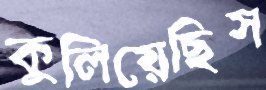
কুলিয়েছিস